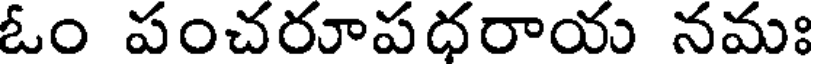
ఓం పంచరూపధరాయ నమః